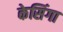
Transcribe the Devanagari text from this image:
केसिंगा